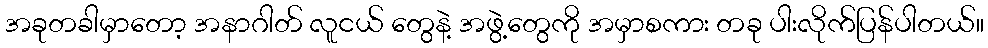
အခုတခါမှာတော့ အနာဂါတ် လူငယ် တွေနဲ့ အဖွဲ့တွေကို အမှာစကား တခု ပါးလိုက်ပြန်ပါတယ်။